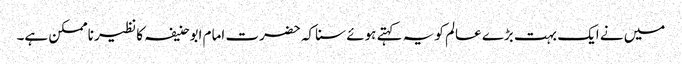
میں نے ایک بہت بڑے عالم کو یہ کہتے ہوئے سنا کہ حضرت امام ابوحنیفہ کا نظیر ناممکن ہے۔